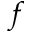
f